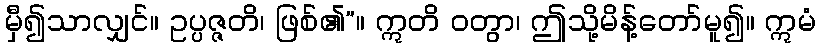
မှီ၍သာလျှင်။ ဥပ္ပဇ္ဇတိ၊ ဖြစ်၏”။ ဣတိ ဝတွာ၊ ဤသို့မိန့်တော်မူ၍။ ဣမံ